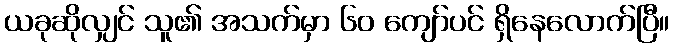
ယခုဆိုလျှင် သူ၏ အသက်မှာ ၆၀ ကျော်ပင် ရှိနေလောက်ပြီ။